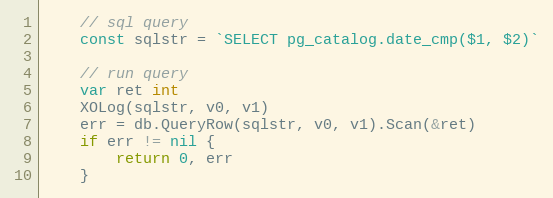
Language: Go
	// sql query
	const sqlstr = `SELECT pg_catalog.date_cmp($1, $2)`

	// run query
	var ret int
	XOLog(sqlstr, v0, v1)
	err = db.QueryRow(sqlstr, v0, v1).Scan(&ret)
	if err != nil {
		return 0, err
	}